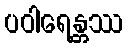
ပဝါရေန္တဿ